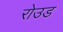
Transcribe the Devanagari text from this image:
रोउड